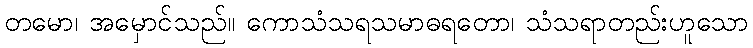
တမော၊ အမှောင်သည်။ ကောသံသရသမာဓရတော၊ သံသရာတည်းဟူသော